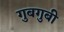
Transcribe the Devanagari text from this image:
गुबगुबी